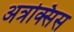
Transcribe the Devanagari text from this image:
अत्रक्सिस